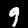
Label: 9